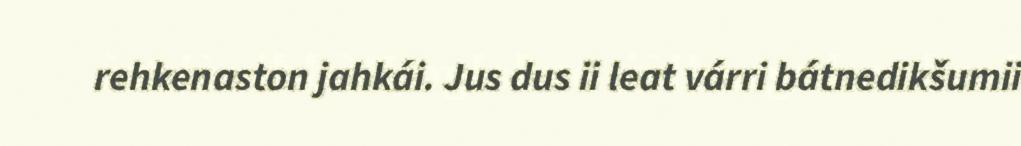
rehkenaston jahkái. Jus dus ii leat várri bátnedikšumii